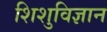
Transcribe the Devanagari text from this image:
शिशुविज्ञान